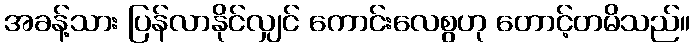
အခန့်သား ပြန်လာနိုင်လျှင် ကောင်းလေစွဟု တောင့်တမိသည်။